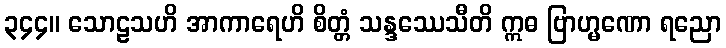
၃၄၄။ သောဠသဟိ အာကာရေဟိ စိတ္တံ သန္ဒဿေသီတိ ဣဓ ဗြာဟ္မဏော ရညော